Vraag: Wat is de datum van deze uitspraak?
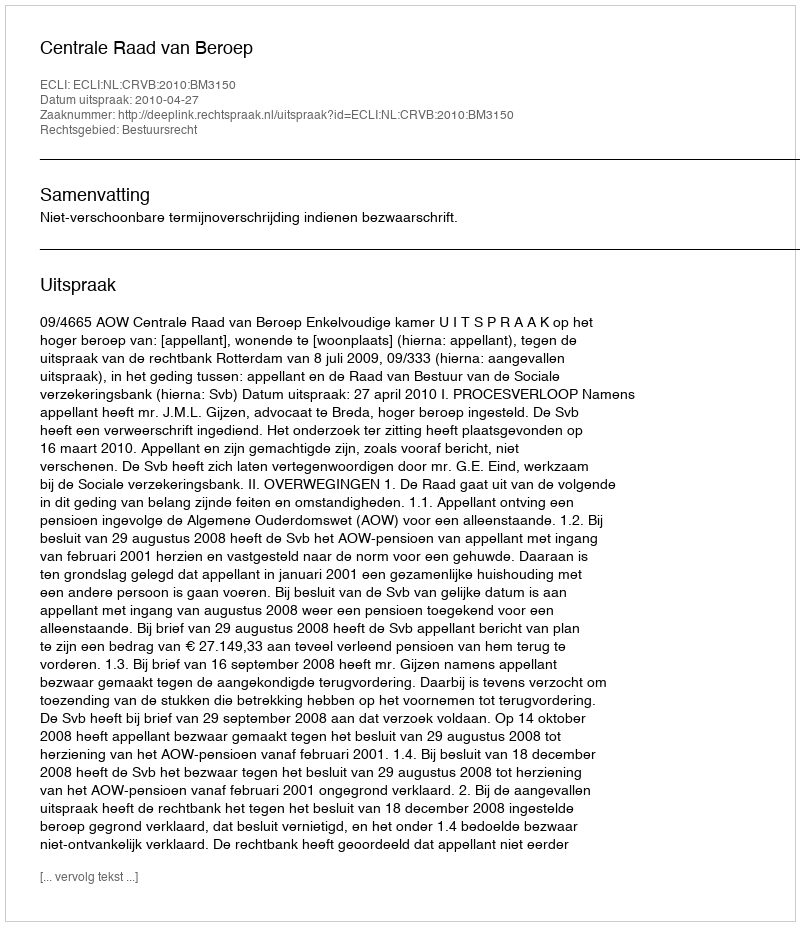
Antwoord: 2010-04-27